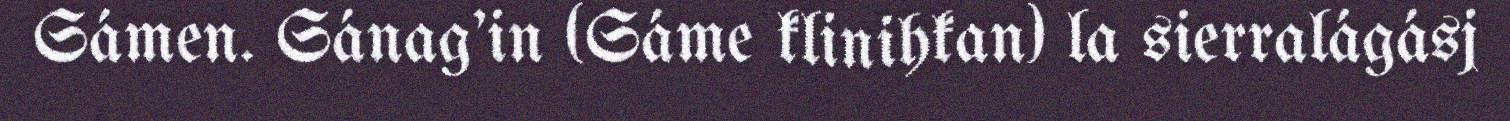
Sámen. Sánag'in (Sáme klinihkan) la sierralágásj